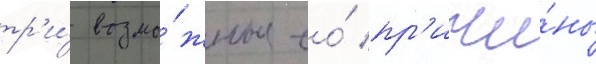
тр'и́ возмо́жные ео́ пр'ичи́ны